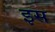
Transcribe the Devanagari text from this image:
इस